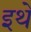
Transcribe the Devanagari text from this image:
इथें